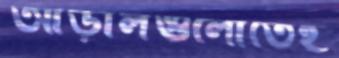
আড়ালগুলোতেই